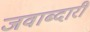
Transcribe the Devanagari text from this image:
जवाब्दारी